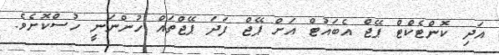
އަދި ކޮންޓެކްޓް ޕޭޖް އެބައުޓް އަށް ޕޭޖް ފަދަ ޕޭޖްތައް ހުންނަނީ ހުސްކޮށެވެ.